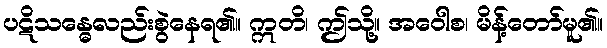
ပဋိသန္ဓေလည်းစွဲနေရ၏။ ဣတိ၊ ဤသို့။ အဝေါစ၊ မိန့်တော်မူ၏။